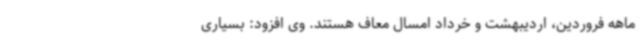
ماهه فروردین، اردیبهشت و خرداد امسال معاف هستند. وی افزود: بسیاری